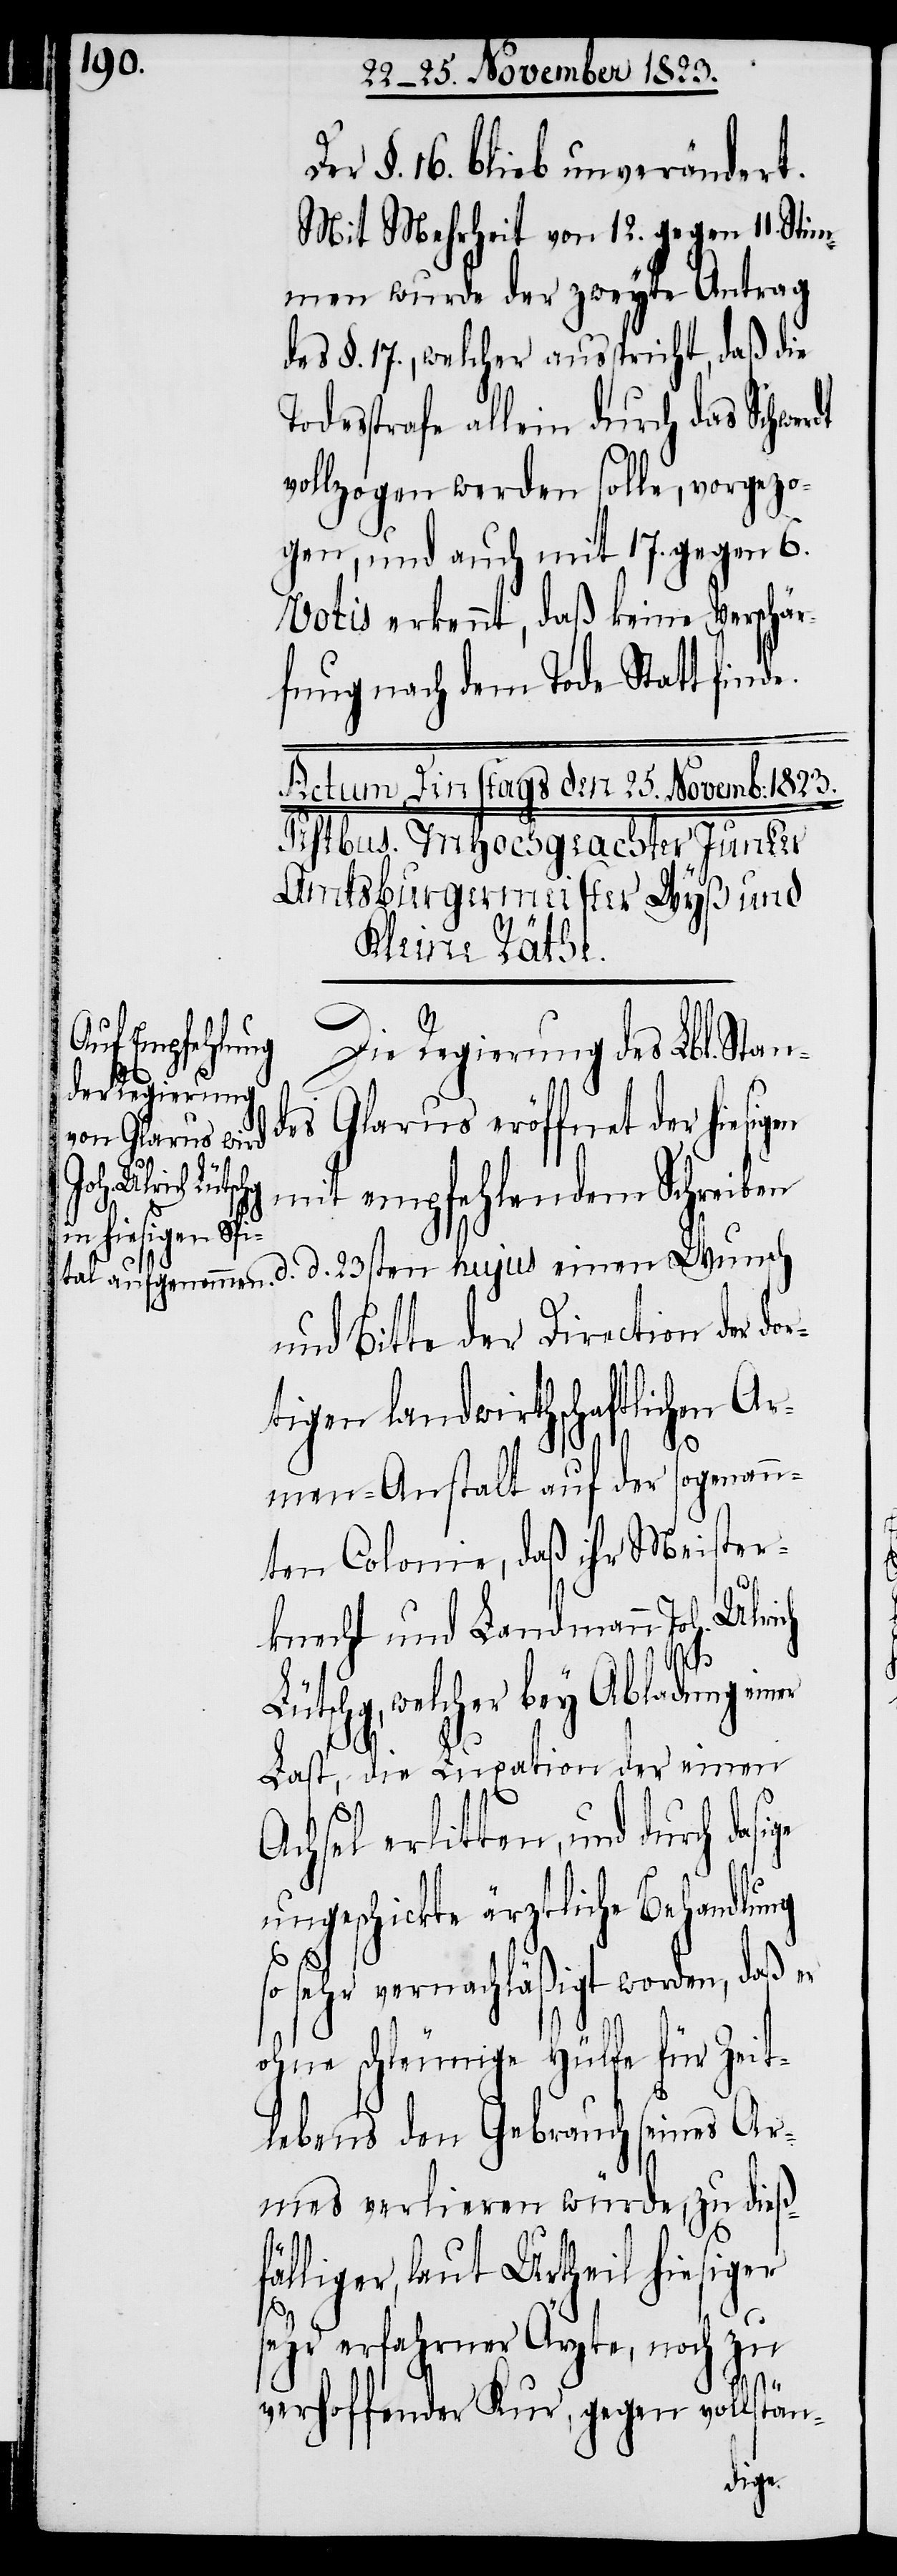
Der §. 16. blieb unverändert.
Mit Mehrheit von 12. gegen 11. Sti¬
mmen wurde der zweyte Antrag
des §. 17., welcher ausspricht, daß die
Todesstrafe allein durch das Schwer¬
vollzogen werden solle, vorgezo¬
gen, und auch mit 17. gegen 6.
Votis erkennt, daß keine Verschär¬
fung nach dem Tode Statt finde.
Die Regierung des Lbl. Stan¬
des Glarus eröffnet der hie¬
dasige
mit empfehlendem Schreiben
und Bitte der Direction der dor¬
tigen landwirthschaftlichen Ar¬
men-Anstalt auf der sogenann¬
ten Colonie, daß ihr Meister¬
knecht und Landmann Joh. Ulrich
d.
Lütschg, welcher bey Abladung einer
Last, die Luxation der einen
Achsel erlitten, und durch
ungeschickte ärztliche Behandlung
so sehr vernachläßigt worden, daß er
ohne schleunige Hülfe für Zeit¬
lebens den Gebrauch seines Ar¬
mes verlieren würde, zu dieß¬
fälliger, laut Urtheil hiesiger
sehr erfahrner Ärzte, noch zu
23sten
verhoffender Kur, gegen vollstän-
sigen